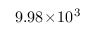
9 . 9 8 \! \times \! 1 0 ^ { 3 }